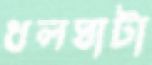
ধলঘাটা